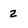
Character: 2